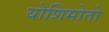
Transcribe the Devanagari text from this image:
योशिमोतो